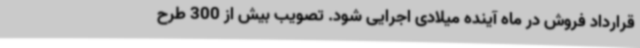
قرارداد فروش در ماه آینده میلادی اجرایی شود. تصویب بیش از 300 طرح